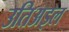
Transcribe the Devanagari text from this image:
उतिअइल